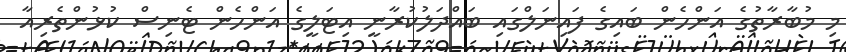
މި މުބާރާތުގެ އަންހެން ބައިގެ ފައިނަލްގައި ބައްދަލުކުރާނީ އިޓަލީގެ އަންހެން ޓެނިސް ކުޅުންތެރިއާ